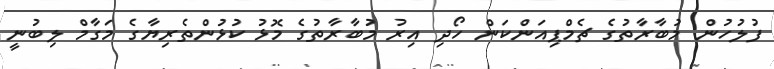
ފުލުހުން މުބާރާތުގެ ޗެމްޕިއަންކަން ހޯދި އިރު މުބާރާތުގެ މޮޅު ކުޅުންތެރިޔާގެ މަގާމް ލިބުނީ